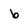
Character: b